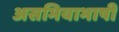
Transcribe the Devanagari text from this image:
असमियाभाषी